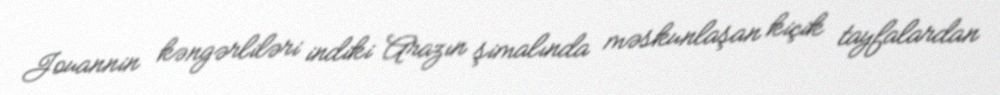
Jouannin kəngərliləri indiki Arazın şimalında məskunlaşan kiçik tayfalardan